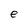
Character: e